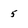
Character: 5